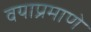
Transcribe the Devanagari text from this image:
वयाप्रमाणे